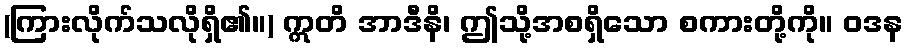
(ကြားလိုက်သလိုရှိ၏။) ဣတိ အာဒီနိ၊ ဤသို့အစရှိသော စကားတို့ကို။ ဝဒန